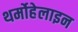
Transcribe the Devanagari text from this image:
थर्मोहेलाइन